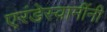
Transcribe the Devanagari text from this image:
एरंडेस्वामींनी